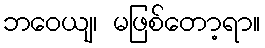
ဘဝေယျ၊ မဖြစ်တော့ရာ။